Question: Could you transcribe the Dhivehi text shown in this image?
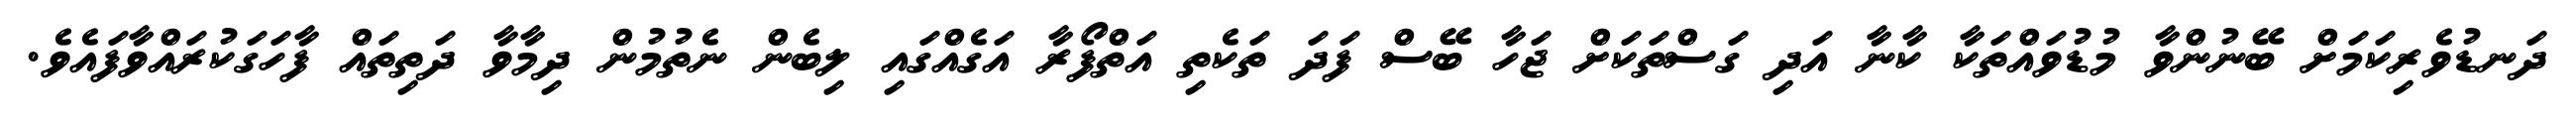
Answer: ދަނޑުވެރިކަމަށް ބޭނުންވާ މުޑުވައްތަކާ ކާނާ އަދި ގަސްތަކަށް ޖަހާ ބޭސް ފަދަ ތަކެތި އަތްފޯރާ އަގެއްގައި ލިބެން ނެތުމުން ދިމާވާ ދަތިތައް ފާހަގަކުރައްވާފައެވެ.